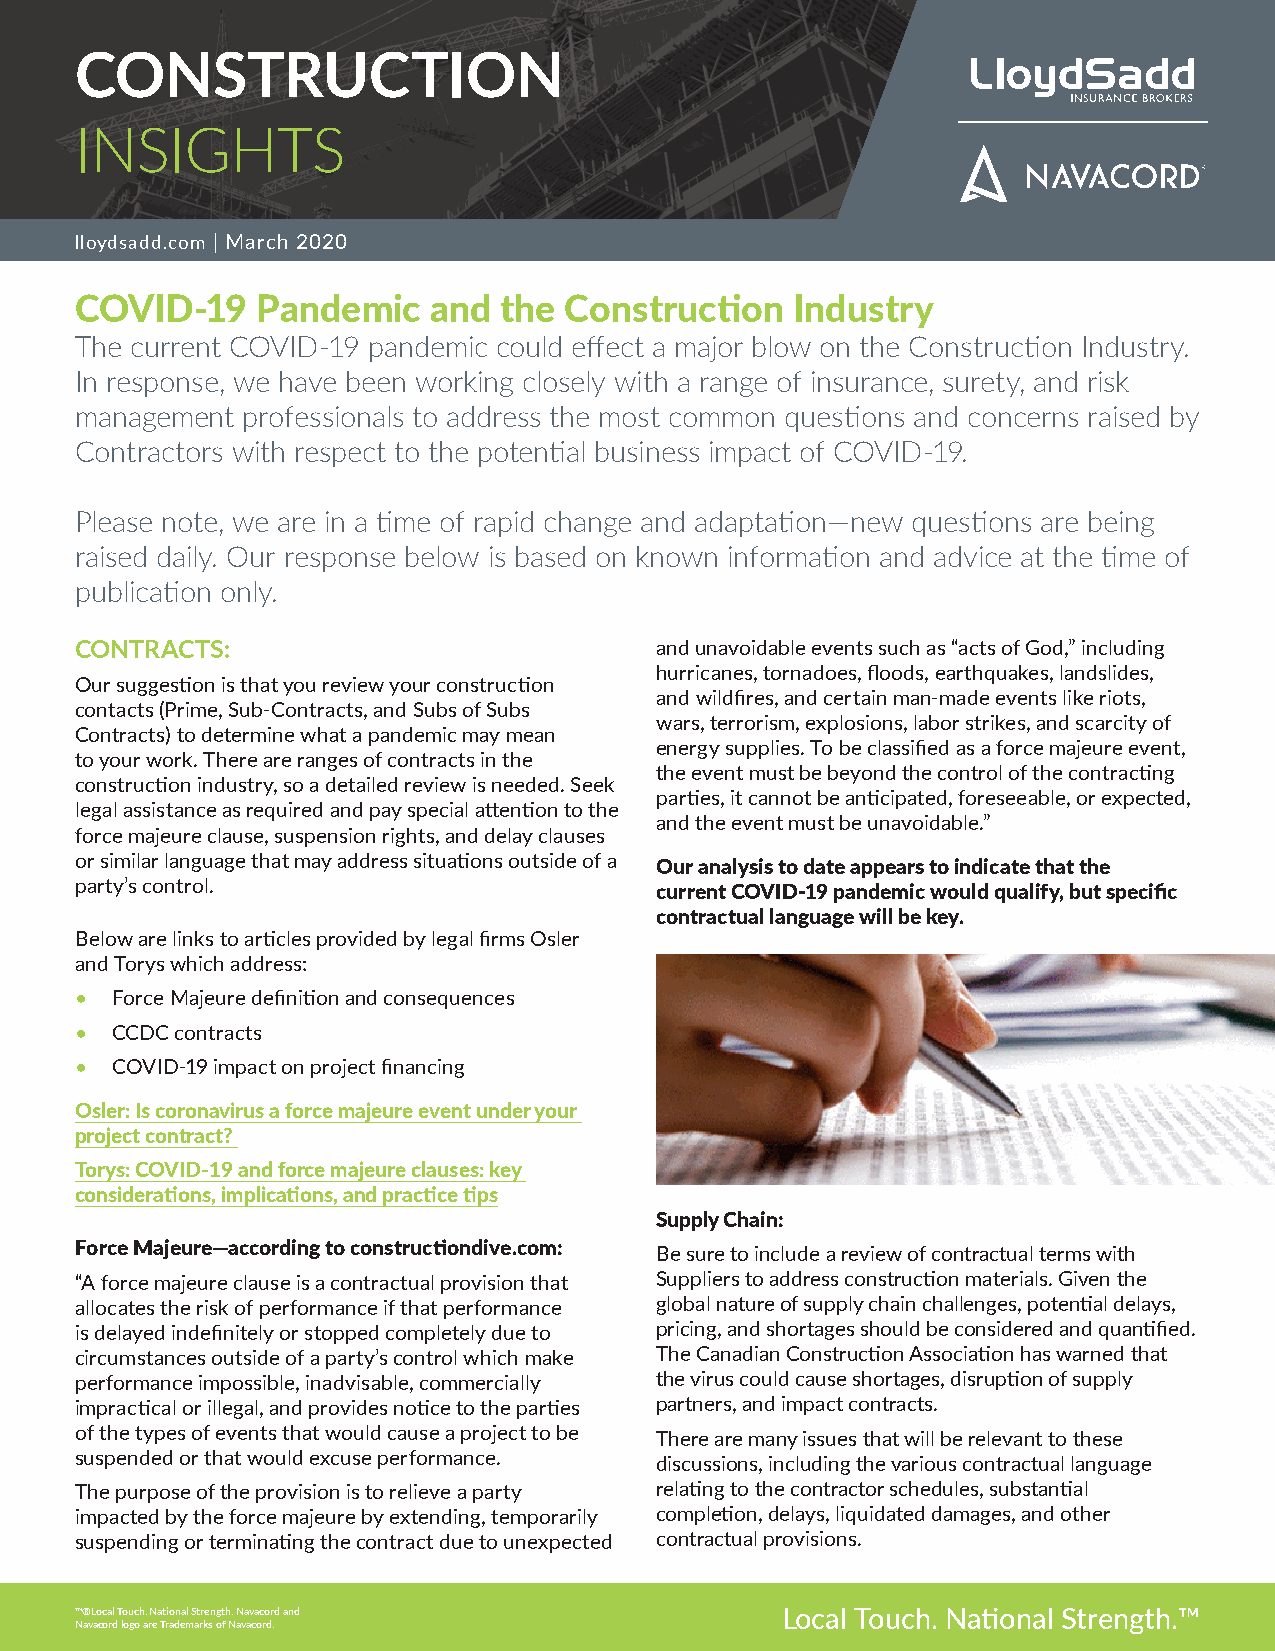
CONSTRUCTION
 INSIGHTS
 lloydsadd.com | March 2020
 COVID-19    Pandemic   and  the Construction   Industry
 The current COVID-19 pandemic could effect a major blow on the Construction Industry.
 In response, we have been working closely with a range of insurance, surety, and risk
 management professionals to address the most common questions and concerns raised by
 Contractors with respect to the potential business impact of COVID-19.
 Please note, we are in a time of rapid change and adaptation—new questions are being
 raised daily. Our response below is based on known information and advice at the time of
 publication only.
 CONTRACTS:                            and unavoidable events such as “acts of God,” including
 hurricanes, tornadoes, floods, earthquakes, landslides,
 Our suggestion is that you review your construction
 and wildfires, and certain man-made events like riots,
 contacts (Prime, Sub-Contracts, and Subs of Subs
 wars, terrorism, explosions, labor strikes, and scarcity of
 Contracts) to determine what a pandemic may mean
 energy supplies. To be classified as a force majeure event,
 to your work. There are ranges of contracts in the
 the event must be beyond the control of the contracting
 construction industry, so a detailed review is needed. Seek
 parties, it cannot be anticipated, foreseeable, or expected,
 legal assistance as required and pay special attention to the
 and the event must be unavoidable.”
 force majeure clause, suspension rights, and delay clauses
 or similar language that may address situations outside of a
 Our analysis to date appears to indicate that the
 party’s control.
 current COVID-19 pandemic would qualify, but specific
 contractual language will be key.
 Below are links to articles provided by legal firms Osler
 and Torys which address:
 • Force Majeure definition and consequences
 • CCDC contracts
 • COVID-19 impact on project financing
 Osler: Is coronavirus a force majeure event under your
 project contract?
 Torys: COVID-19 and force majeure clauses: key
 considerations, implications, and practice tips
 Supply Chain:
 Force Majeure—according to constructiondive.com: Be sure to include a review of contractual terms with
 “A force majeure clause is a contractual provision that Suppliers to address construction materials. Given the
 allocates the risk of performance if that performance global nature of supply chain challenges, potential delays,
 is delayed indefinitely or stopped completely due to pricing, and shortages should be considered and quantified.
 circumstances outside of a party’s control which make The Canadian Construction Association has warned that
 performance impossible, inadvisable, commercially the virus could cause shortages, disruption of supply
 impractical or illegal, and provides notice to the parties partners, and impact contracts.
 of the types of events that would cause a project to be There are many issues that will be relevant to these
 suspended or that would excuse performance. discussions, including the various contractual language
 The purpose of the provision is to relieve a party relating to the contractor schedules, substantial
 impacted by the force majeure by extending, temporarily completion, delays, liquidated damages, and other
 suspending or terminating the contract due to unexpected contractual provisions.
 ™™®®LLooccaall TToouucchh.. NNaattiioonnaall SSttrreennggtthh.. NNaavvaaccoorrdd aanndd LLooccaall TToouucchh.. NNaatitioonnaall SSttrreennggtthh..™™
 NNaavvaaccoorrdd llooggoo aarree TTrraaddeemmaarrkkss ooff NNaavvaaccoorrdd..